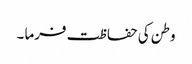
وطن کی حفاظت فرما ۔